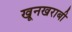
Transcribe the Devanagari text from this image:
खूनखराबी